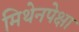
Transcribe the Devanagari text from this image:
मिथेनपेक्षा